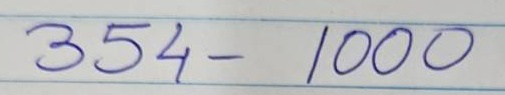
354 - 1000